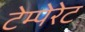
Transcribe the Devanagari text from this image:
टेम्पेरेट